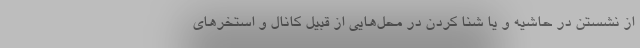
از نشستن در حاشیه و یا شنا کردن در محل‌هایی از قبیل کانال و استخر‌های